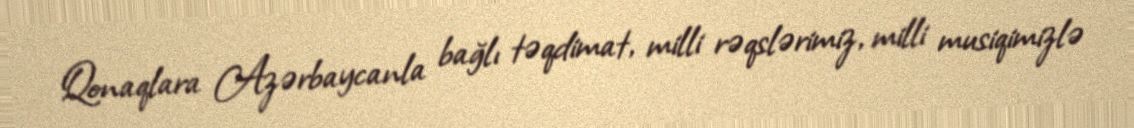
Qonaqlara Azərbaycanla bağlı təqdimat, milli rəqslərimiz, milli musiqimizlə